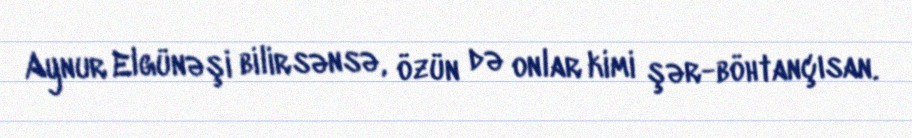
Aynur Elgünəşi bilirsənsə, özün də onlar kimi şər-böhtançısan.